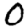
Digit: 0